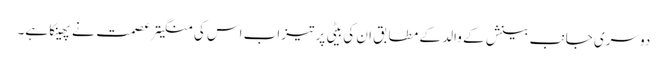
دوسری جانب بینش کے والد کے مطابق ان کی بیٹی پر تیزاب اس کی منگیتر عصمت نے پھینکا ہے۔